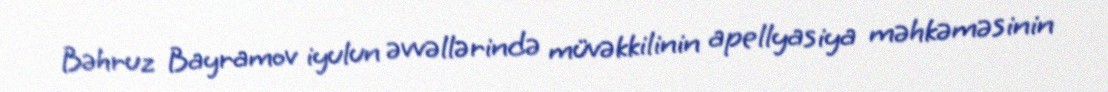
Bəhruz Bayramov iyulun əvvəllərində müvəkkilinin apellyasiya məhkəməsinin